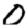
Digit: 0